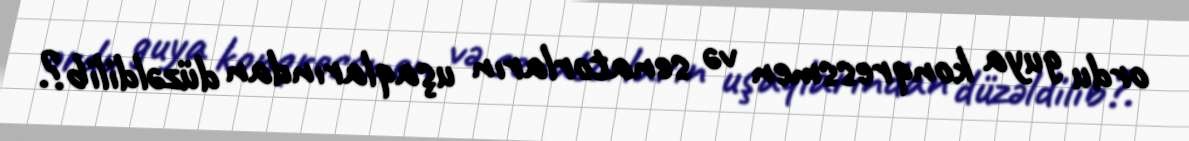
ordu guya konqressmen və senatorların uşaqlarından düzəldilib?.